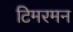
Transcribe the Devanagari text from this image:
टिमरमन